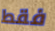
فقط